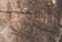
الديني